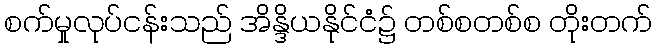
စက်မှုလုပ်ငန်းသည် အိန္ဒိယနိုင်ငံ၌ တစ်စတစ်စ တိုးတက်